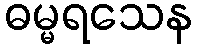
ဓမ္မရသေန